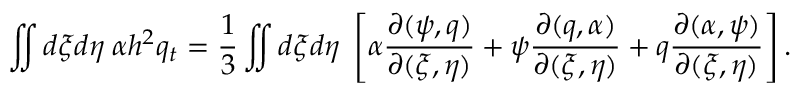
\iint d \xi d \eta \; \alpha h ^ { 2 } q _ { t } = \frac { 1 } { 3 } \iint d \xi d \eta \; \left[ \alpha \frac { \partial ( \psi , q ) } { \partial ( \xi , \eta ) } + \psi \frac { \partial ( q , \alpha ) } { \partial ( \xi , \eta ) } + q \frac { \partial ( \alpha , \psi ) } { \partial ( \xi , \eta ) } \right] .